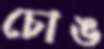
চোঙ